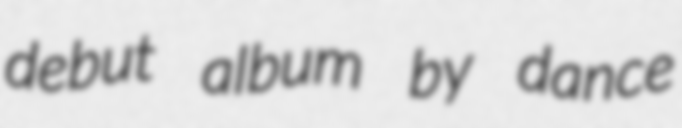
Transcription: debut album by dance